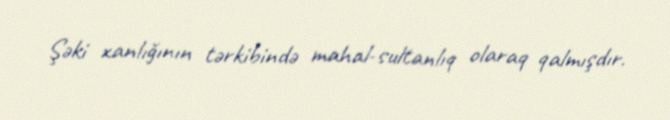
Şəki xanlığının tərkibində mahal-sultanlıq olaraq qalmışdır.